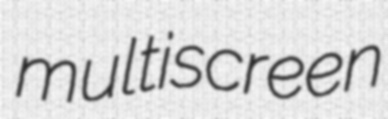
multiscreen